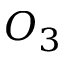
O _ { 3 }